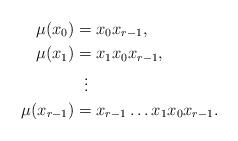
LaTeX: \begin{align*}\mu(x_0) &= x_0x_{r-1}, \\\mu(x_1) &= x_1x_0x_{r-1}, \\& \;\; \vdots \\\mu(x_{r-1}) &= x_{r-1}\dots x_1x_0x_{r-1}.\end{align*}